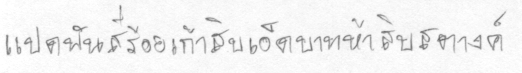
แปดพันสี่ร้อยเก้าสิบเอ็ดบาทห้าสิบสตางค์